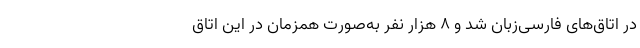
در اتاق‌های فارسی‌زبان شد و ۸ هزار نفر به‌صورت همزمان در این اتاق